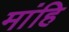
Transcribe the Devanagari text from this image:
मांहि